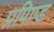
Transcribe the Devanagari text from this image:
प्रपिण्ड